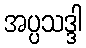
အပ္ပသဒ္ဒါ